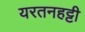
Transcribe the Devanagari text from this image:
यरतनहट्टी